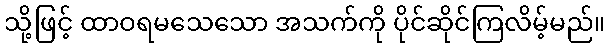
သို့ဖြင့် ထာဝရမသေသော အသက်ကို ပိုင်ဆိုင်ကြလိမ့်မည်။